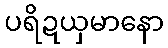
ပရိဍယှမာနော